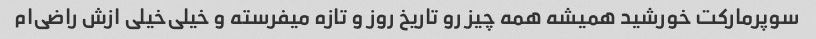
سوپرمارکت خورشید همیشه همه چیز رو تاریخ روز و تازه میفرسته و خیلی‌خیلی ازش راضی‌ام